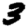
Digit: 3